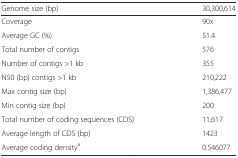
<table><thead><tr><td><b>Genome size (bp)</b></td><td><b>30,300,614</b></td></tr></thead><tbody><tr><td>Coverage</td><td>90x</td></tr><tr><td>Average GC (%)</td><td>51.4</td></tr><tr><td>Total number of contigs</td><td>576</td></tr><tr><td>Number of contigs &gt;1 kb</td><td>355</td></tr><tr><td>N50 (bp) contigs &gt;1 kb</td><td>210,222</td></tr><tr><td>Max contig size (bp)</td><td>1,386,477</td></tr><tr><td>Min contig size (bp)</td><td>200</td></tr><tr><td>Total number of coding sequences (CDS)</td><td>11,617</td></tr><tr><td>Average length of CDS (bp)</td><td>1423</td></tr><tr><td>Average coding density<sup>a</sup></td><td>0.546077</td></tr></tbody></table>